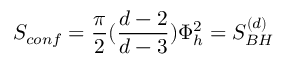
S _ { c o n f } = { \frac { \pi } { 2 } } ( { \frac { d - 2 } { d - 3 } } ) \Phi _ { h } ^ { 2 } = S _ { B H } ^ { ( d ) }